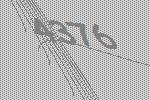
4376